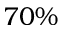
7 0 \%